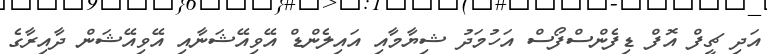
އަދި ޗީފް އޮފް ޑިފެންސްފޯސް އަހުމަދު ޝިޔާމާއި އައިލެންޑް އޭވިއޭޝަނާއި އޭވިއޭޝަން ދާއިރާގެ